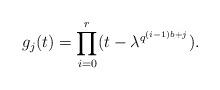
LaTeX: \begin{align*}g_j(t) = \prod_{i=0}^r (t-\lambda^{q^{(i-1)b + j}}).\end{align*}